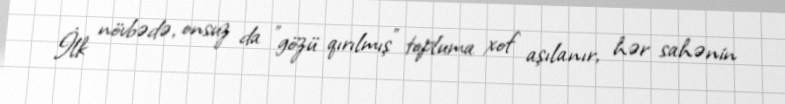
İlk növbədə, onsuz da ”gözü qırılmış" topluma xof aşılanır, hər sahənin